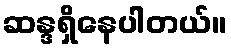
ဆန္ဒရှိနေပါတယ်။